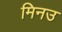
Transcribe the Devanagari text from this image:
मिनउ